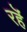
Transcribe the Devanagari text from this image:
रहॆं